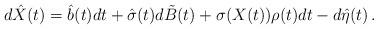
LaTeX: \begin{align*}d\hat{X}(t)=\hat{b}(t)dt+\hat{\sigma}(t)d\tilde{B}(t)+\sigma(X(t))\rho(t)dt-d\hat{\eta}(t)\,.\end{align*}